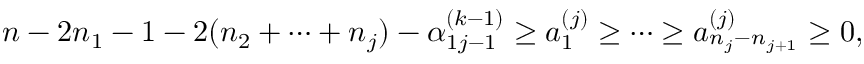
\begin{array} { l } { { n - 2 n _ { 1 } - 1 - 2 ( n _ { 2 } + \cdots + n _ { j } ) - \alpha _ { 1 j - 1 } ^ { ( k - 1 ) } \geq a _ { 1 } ^ { ( j ) } \geq \cdots \geq a _ { n _ { j } - n _ { j + 1 } } ^ { ( j ) } \geq 0 , } } \end{array}